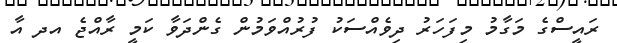
ރައީސްގެ މަގާމު މިފަހަރު ދިވެއްސަކު ފުރުއްވަމުން ގެންދަވާ ކަމީ ރާއްޖެ އދ އާ